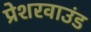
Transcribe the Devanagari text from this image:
प्रेशरवाउंड